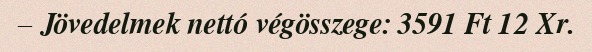
– Jövedelmek nettó végösszege: 3591 Ft 12 Xr.